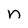
Character: n